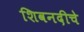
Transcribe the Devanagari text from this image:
शिवनदीचे